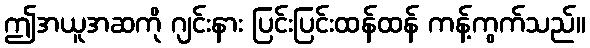
ဤအယူအဆကို ဂျင်းနား ပြင်းပြင်းထန်ထန် ကန့်ကွက်သည်။